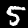
Label: 5